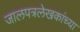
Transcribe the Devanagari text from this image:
जालपत्रलेखकांच्या